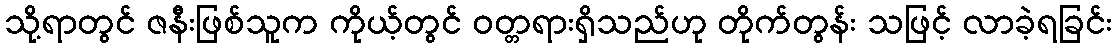
သို့ရာတွင် ဇနီးဖြစ်သူက ကိုယ့်တွင် ဝတ္တရားရှိသည်ဟု တိုက်တွန်း သဖြင့် လာခဲ့ရခြင်း